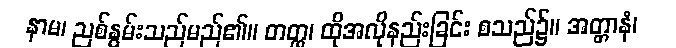
နာမ၊ ညစ်နွမ်းသည်မည်၏။ တတ္ထ၊ ထိုအလိုနည်းခြင်း စသည်၌။ အတ္တာနံ၊